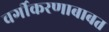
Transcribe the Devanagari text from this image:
वर्गीकरणाबाबत